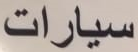
سيارات